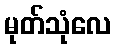
မုတ်သုံလေ